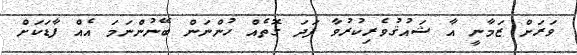
ވަރަށް ޒަމާނީ އާ ޝައުޤުވެރިކުރުވާ ފަދަ ގޮތެއް ހުންނަން ބޭނުންނަމަ އެއް ފާޑަކަށް